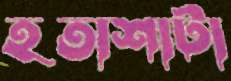
হতাশাটা